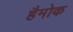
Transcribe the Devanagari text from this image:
हैमोक